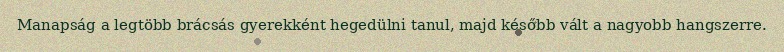
Manapság a legtöbb brácsás gyerekként hegedülni tanul, majd később vált a nagyobb hangszerre.